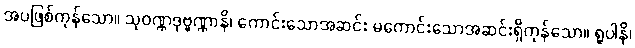
အပဖြစ်ကုန်သော။ သုဝဏ္ဏဒုဗ္ဗဏ္ဏာနိ၊ ကောင်းသောအဆင်း မကောင်းသောအဆင်းရှိကုန်သော။ ရူပါနိ၊